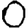
Digit: 0